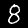
Label: 8